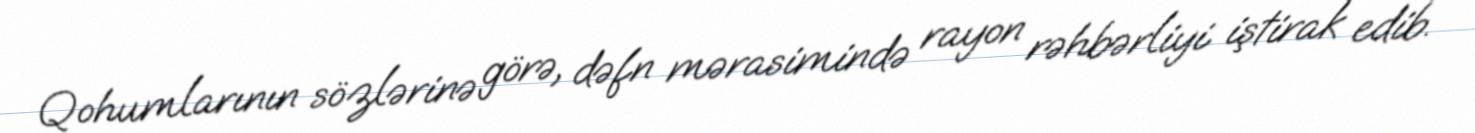
Qohumlarının sözlərinə görə, dəfn mərasimində rayon rəhbərliyi iştirak edib.